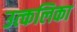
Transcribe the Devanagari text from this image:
उत्‍कलिका